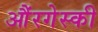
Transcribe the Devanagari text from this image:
औंरगेस्की